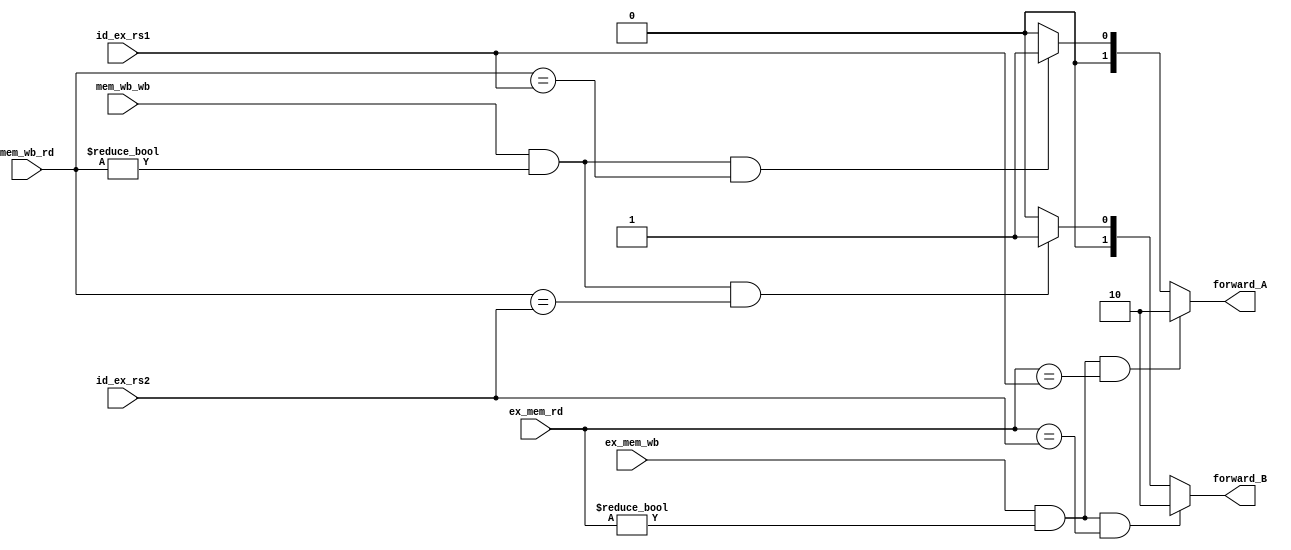
module forwardingUnit(
    input [4:0] id_ex_rs1,
    input [4:0] id_ex_rs2,
    input [4:0] ex_mem_rd,
    input [4:0] mem_wb_rd,
    input ex_mem_wb,
    input mem_wb_wb,

    output reg [1:0] forward_A,
    output reg [1:0] forward_B
);

    // 00 -> The second ALU comes from the register file
    // 01 -> The second ALU operand is forwarded from data memory or an earlier ALU result
    // 10 -> The second ALU operand is forwarded from the prior ALU result

    always @(*) begin
        if(ex_mem_wb && ex_mem_rd != 0 && ex_mem_rd == id_ex_rs1) forward_A = 2'b10;
        else if(mem_wb_wb && mem_wb_rd != 0 && mem_wb_rd == id_ex_rs1) forward_A = 2'b01;
        else forward_A = 2'b00;

        if(ex_mem_wb && ex_mem_rd != 0 && ex_mem_rd == id_ex_rs2) forward_B = 2'b10;
        else if(mem_wb_wb && mem_wb_rd != 0 && mem_wb_rd == id_ex_rs2) forward_B = 2'b01;
        else forward_B = 2'b00;
    end

endmodule